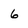
Character: 6